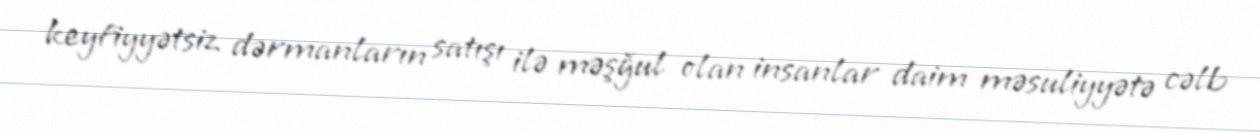
keyfiyyətsiz dərmanların satışı ilə məşğul olan insanlar daim məsuliyyətə cəlb